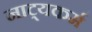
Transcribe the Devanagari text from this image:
नाट्यकर्म